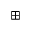
\boxplus